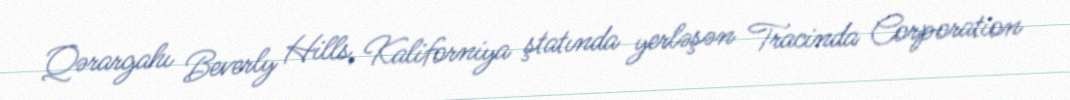
Qərargahı Beverly Hills, Kaliforniya ştatında yerləşən Tracinda Corporation